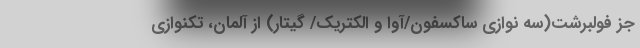
جز فولبرشت(سه نوازی ساکسفون/آوا و الکتریک/ گیتار) از آلمان، تکنوازی